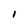
Character: 1